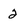
Character: 2